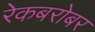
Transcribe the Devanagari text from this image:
रेकबरोबर